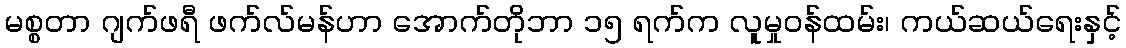
မစ္စတာ ဂျက်ဖရီ ဖက်လ်မန်ဟာ အောက်တိုဘာ ၁၅ ရက်က လူမှုဝန်ထမ်း၊ ကယ်ဆယ်ရေးနှင့်